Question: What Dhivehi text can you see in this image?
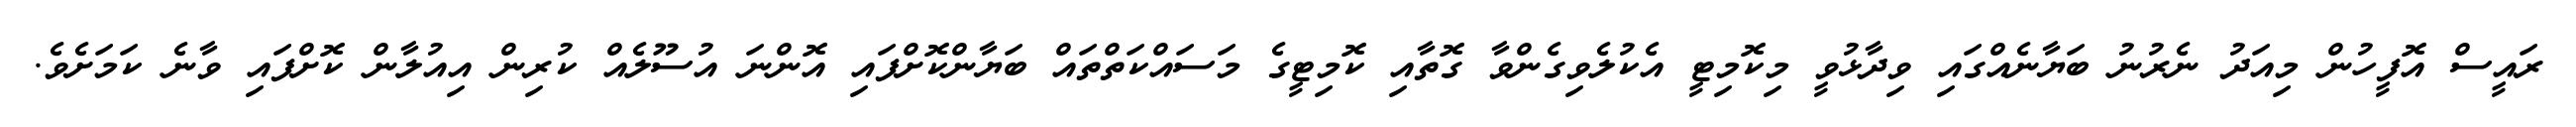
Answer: ރައީސް އޮފީހުން މިއަދު ނެރުނު ބަޔާނެއްގައި ވިދާޅުވީ މިކޮމިޓީ އެކުލެވިގެންވާ ގޮތާއި ކޮމިޓީގެ މަސައްކަތްތައް ބަޔާންކޮށްފައި އޮންނަ އުސޫލެއް ކުރިން އިއުލާން ކޮށްފައި ވާނެ ކަމަށެވެ.